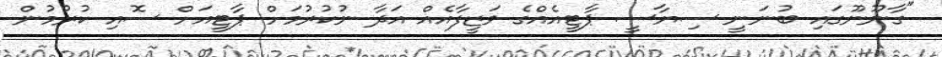
"ގާނޫނޫގައި ބުނަނީ ސިޔާސީ ޕާޓީއެއްގެ ވަޒީފާއެއް އަދާ ނުކުރުމަށް ޕާޓީއަށް ސޮއި ކުރުމުން